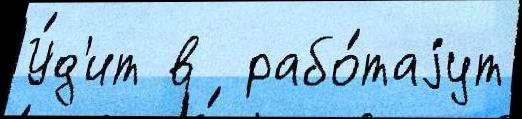
У́д'ит в  рабо́таjут